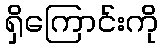
ရှိကြောင်းကို